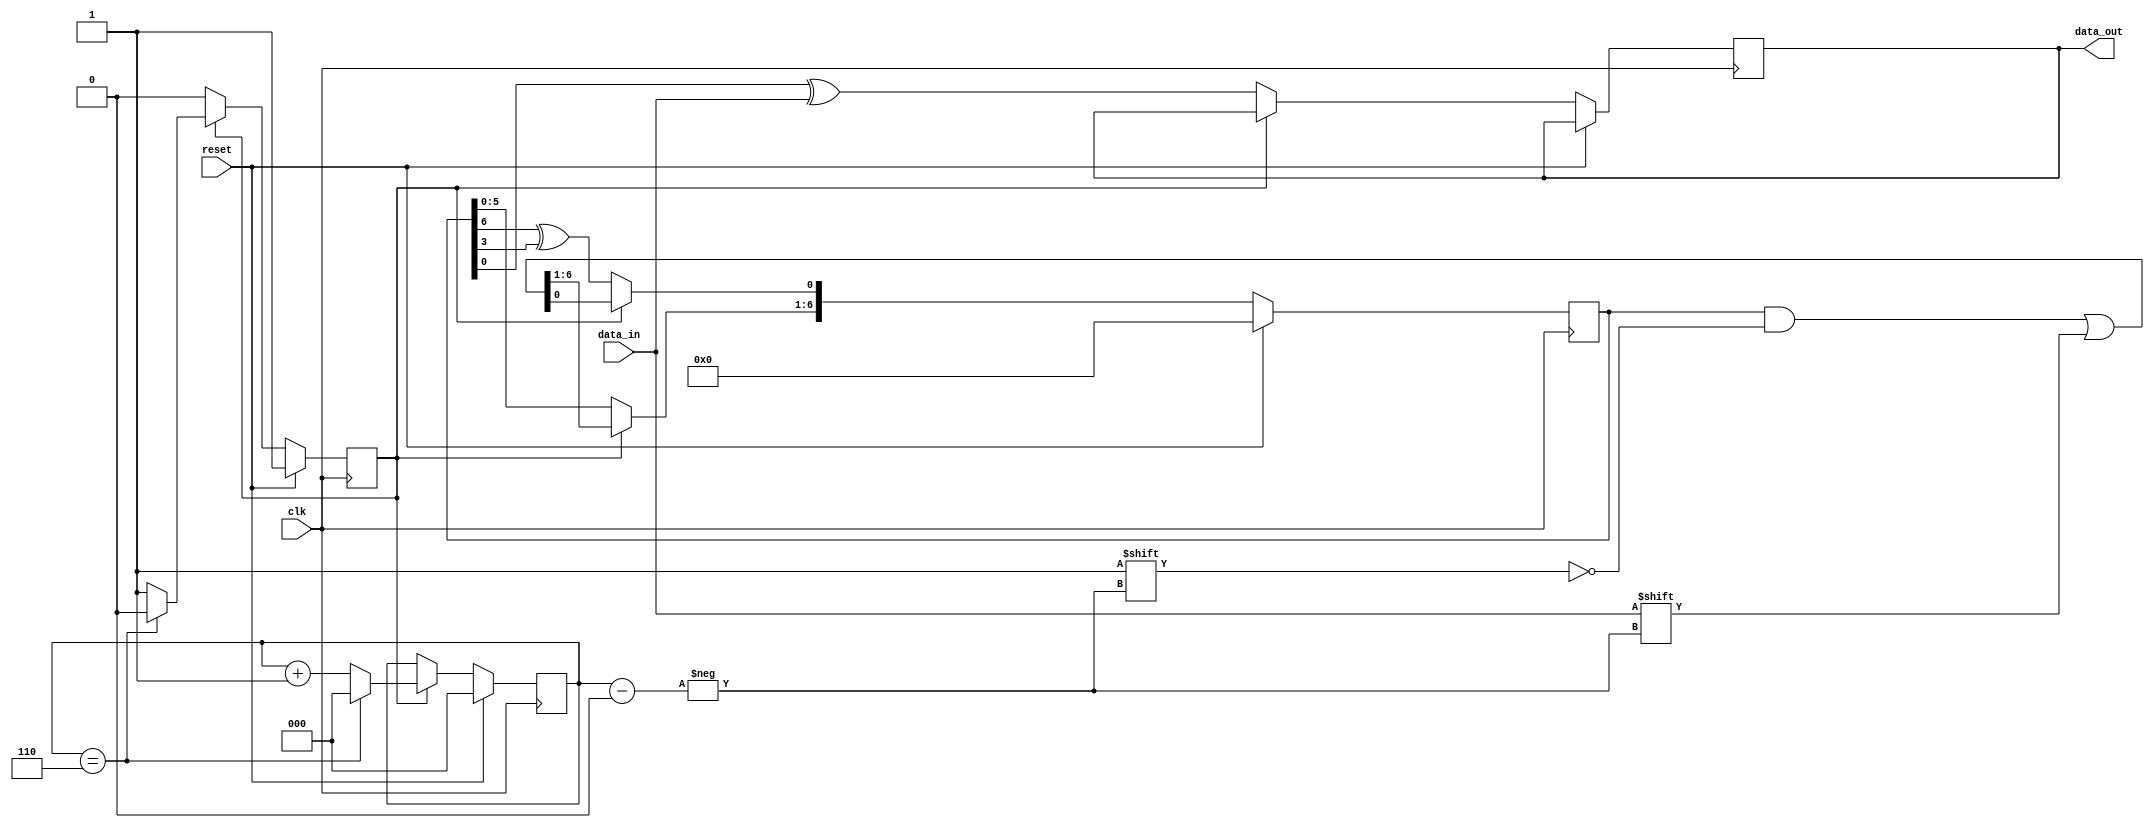
`timescale 1ns / 1ps
//////////////////////////////////////////////////////////////////////////////////
// Company: 
// Engineer: 
// 
// Design Name: 
// Module Name:    descrambler 
// Project Name: 
// Target Devices: 
// Tool versions: 
// Description: 
//
// Dependencies: 
//
// Revision: 
// Revision 0.01 - File Created
// Additional Comments: 
//
//////////////////////////////////////////////////////////////////////////////////
module descrambler(
    input clk,
    input reset,
    input data_in,
    output reg data_out
    );
	 reg state;
	 reg [6:0]x;
	 reg [2:0]counter;
	 reg temp;
	 always @(posedge clk)
	 begin
			if (reset)
				begin
					counter <= 4'd0;
					x <= 7'd0;
					state <= 1'b1;
				end
			else
				begin
					if (state)
						begin
							
							if (counter == 3'b110)
								begin
									x[counter] <= data_in;
									/*x <= x<<1 ;
									temp = data_in^x[3];
									x[0] <= temp;*/
									counter <= 0;
									state <= 1'b0;
								end
							else
								begin
									x[counter] <= data_in;
									counter <= counter + 1'b1;
								end
						end
					else
						begin
							temp = x[6]^x[3];
							data_out = x[0]^data_in;
							x<= x<<1;
							x[0] <= temp;
						end
				end
	 end


endmodule